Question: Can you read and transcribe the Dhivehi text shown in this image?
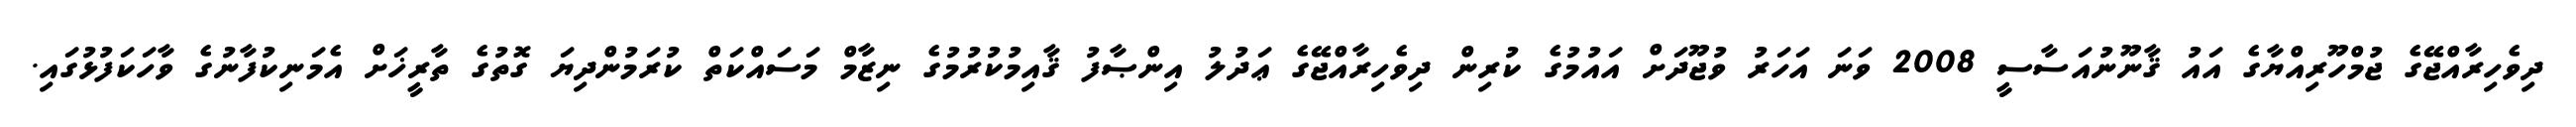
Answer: ދިވެހިރާއްޖޭގެ ޖުމްހޫރިއްޔާގެ އައު ޤާނޫނުއަސާސީ 2008 ވަނަ އަހަރު ވުޖޫދަށް އައުމުގެ ކުރިން ދިވެހިރާއްޖޭގެ ޢަދުލު އިންޞާފު ޤާއިމުކުރުމުގެ ނިޒާމް މަސައްކަތް ކުރަމުންދިޔަ ގޮތުގެ ތާރީޚަށް އެމަނިކުފާނުގެ ވާހަކަފުޅުގައި.